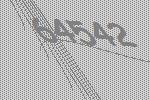
64542